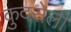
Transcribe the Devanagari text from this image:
कुदरोली